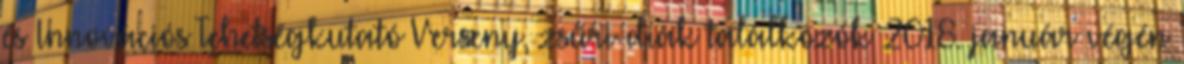
és Innovációs Tehetségkutató Verseny, zsűri-diák találkozók 2018. január végén